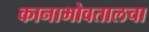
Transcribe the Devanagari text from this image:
कानाभोवतालचा